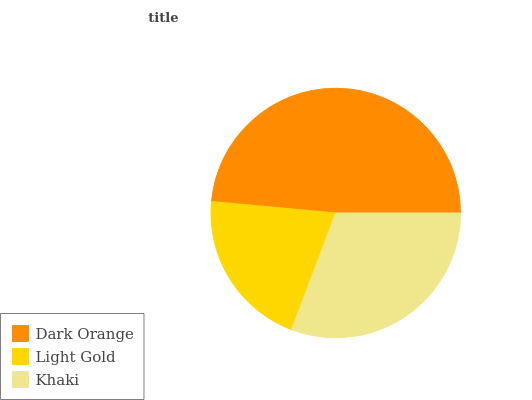
| Dark Orange | Light Gold | Khaki |
 | --- | --- | --- |
 | 48.6% | 20.7% | 30.7% |